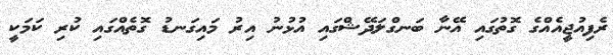
ރެފިއުޖީއެއްގެ ގޮތުގައި އޭނާ ބަނގްލަދޭޝްގައި އުޅުނު އިރު މައިގަނޑު ގޮތެއްގައި ކުރި ކަމަކީ